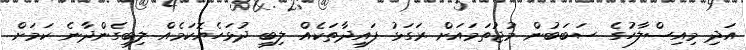
އަދި މިއިސްލާހުގެ ސަބަބުން މުޖުތަމައަށް ރަގަޅު ފައިދާތަކެއް ލިބި ދުޅަހެޔޮކަމެއް ލިބިގެންދާނެ ކަމަށް